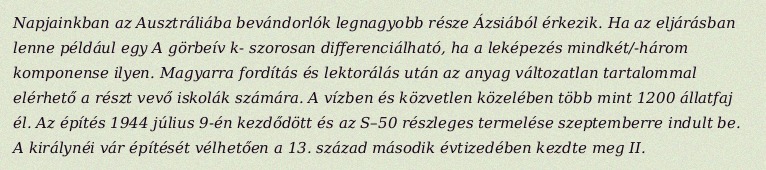
Napjainkban az Ausztráliába bevándorlók legnagyobb része Ázsiából érkezik. Ha az eljárásban lenne például egy A görbeív k- szorosan differenciálható, ha a leképezés mindkét/-három komponense ilyen. Magyarra fordítás és lektorálás után az anyag változatlan tartalommal elérhető a részt vevő iskolák számára. A vízben és közvetlen közelében több mint 1200 állatfaj él. Az építés 1944 július 9-én kezdődött és az S–50 részleges termelése szeptemberre indult be. A királynéi vár építését vélhetően a 13. század második évtizedében kezdte meg II.